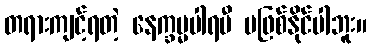
တရားကျင့်ရတဲ့ နေက္ခမ္မပါရမီ မဖြစ်နိုင်ပါဘူး။